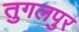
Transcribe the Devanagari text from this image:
तुगलपुर